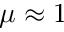
\mu \approx 1